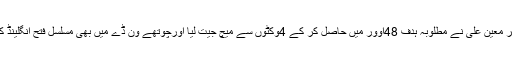
ویلی کے ساتھ مل کر معین علی نے مطلوبہ ہدف 48اَوور میں حاصل کر کے 4وکٹوں سے میچ جیت لیا اورچوتھے وَن ڈے میں بھی مسلسل فتح انگلینڈ کے حصے میں آگئی۔